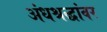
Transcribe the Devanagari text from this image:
अंधश्रद्धांवर